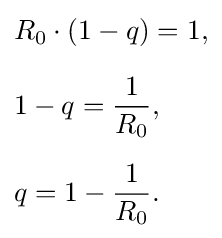
{\begin{aligned}&R_{0}\cdot (1-q)=1,\\[6pt]&1-q={\frac {1}{R_{0}}},\\[6pt]&q=1-{\frac {1}{R_{0}}}.\end{aligned}}